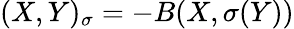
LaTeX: \displaystyle{(X,Y)_{\sigma}=-B(X,\sigma(Y))}